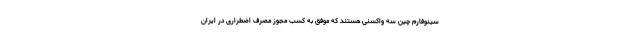
سینوفارم چین سه واکسنی هستند که موفق به کسب مجوز مصرف اضطراری در ایران